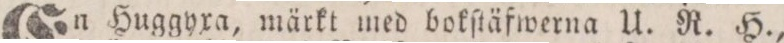
En Huggyxa, märkt med bokſtäfwerna U. R. H.,